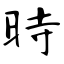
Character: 時